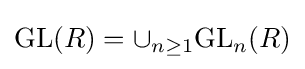
\mathrm {GL} (R)=\cup _{n\geq 1}\mathrm {GL} _{n}(R)